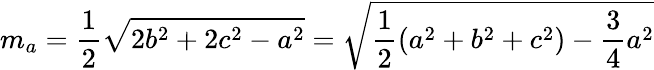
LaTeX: m_{a}={\frac{1}{2}}{\sqrt{2b^{2}+2c^{2}-a^{2}}}={\sqrt{{\frac{1}{2}}(a^{2}+b^{2}+c^{2})-{\frac{3}{4}}a^{2}}}